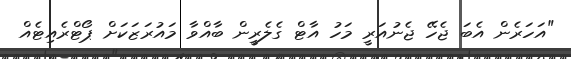
"އަހަރެން އެބަ ޖެހޭ ޖެނުއަރީ މަހު އާޓް ގެލެރީން ބާއްވާ މައުރަޒަކަށް ޕޯޓްރެއިޓެއް